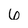
Character: 6